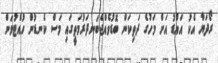
ރޯދަޔާ އެކު އައްޑު އަށް މަހުގެ ދަތިކަން ބޮޑުވެއްޖެބަނދަރުމަތީގައި މަސް ކެނޑުން ހުއްޓުވަން